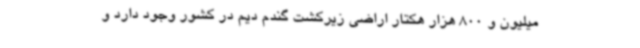
میلیون و 800 هزار هکتار اراضی زیرکشت گندم دیم در کشور وجود دارد و